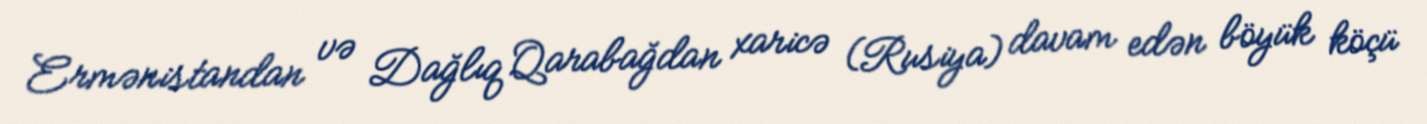
Ermənistandan və Dağlıq Qarabağdan xaricə (Rusiya) davam edən böyük köçü